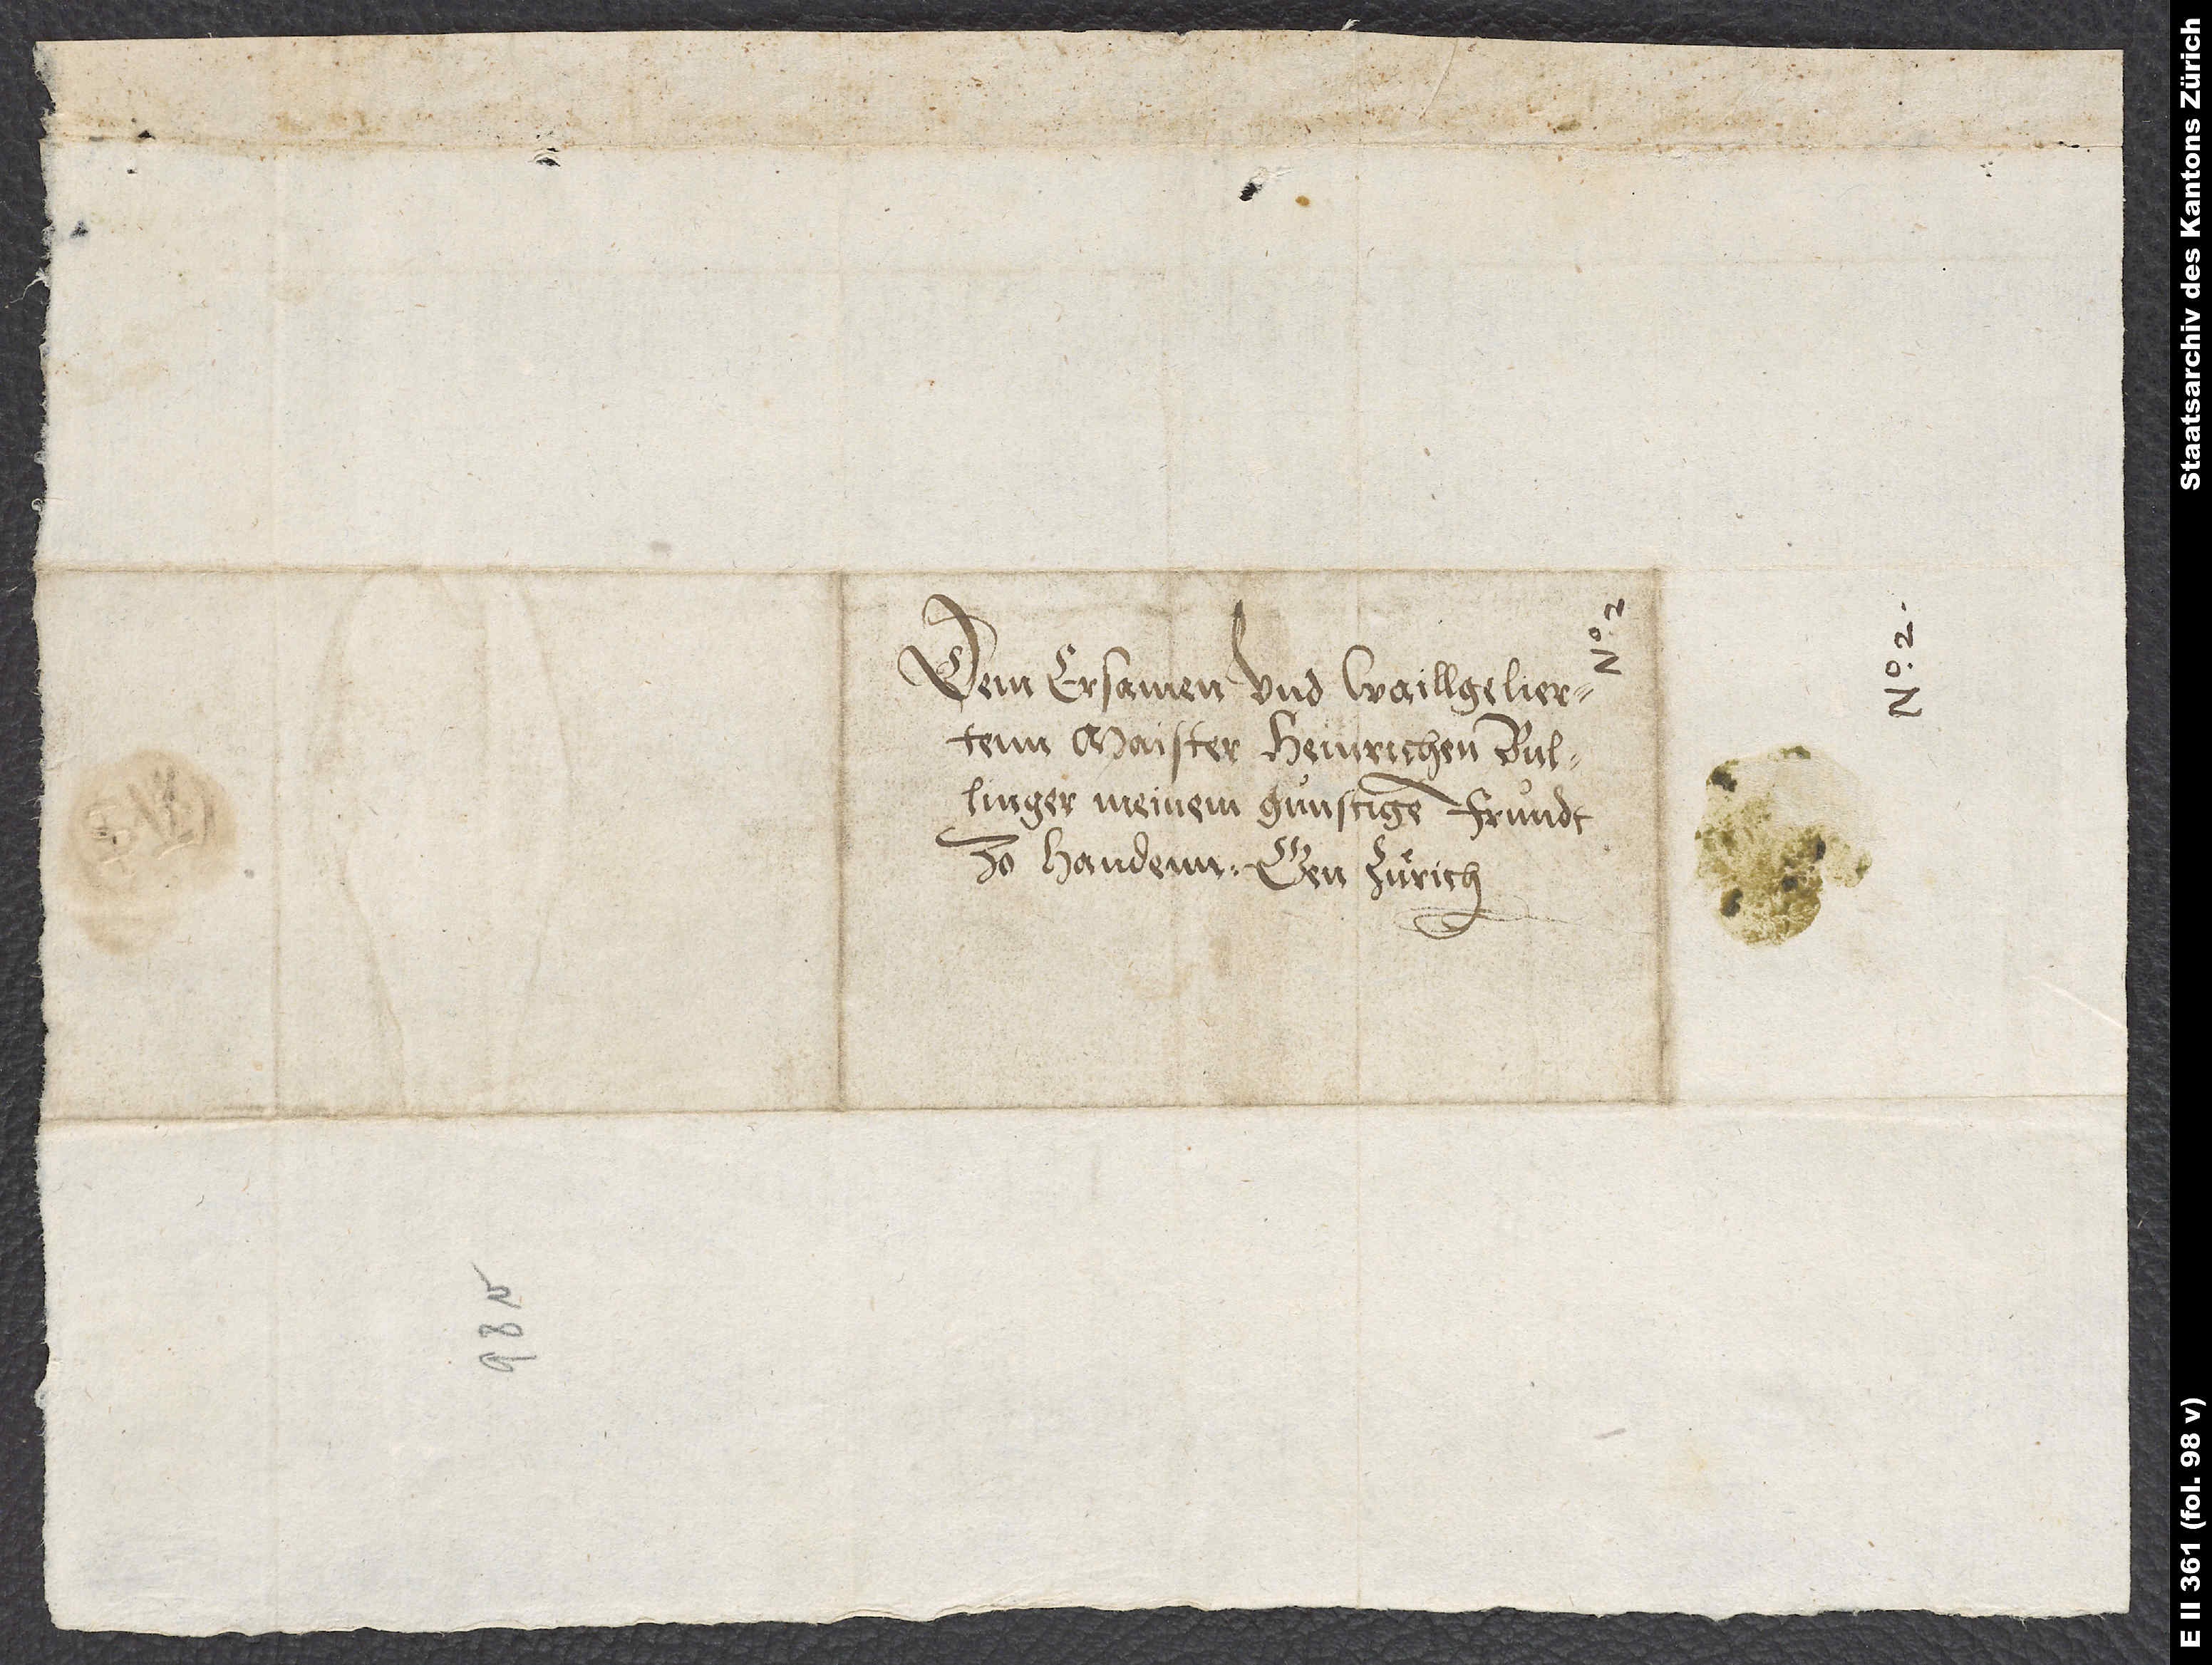
Dem ersamen und waillgeliertenn
Maister Heinrichen Bullinger,
meinem gunstigen frundt
zo handenn. Gen Zuͤrich.